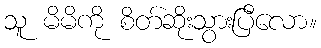
သူ မိမိကို စိတ်ဆိုးသွားပြီလော။